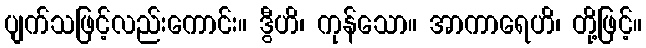
ပျက်သဖြင့်လည်းကောင်း။ ဒွီဟိ၊ ကုန်သော။ အာကာရေဟိ၊ တို့ဖြင့်။